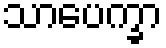
သာပေက္ခာ